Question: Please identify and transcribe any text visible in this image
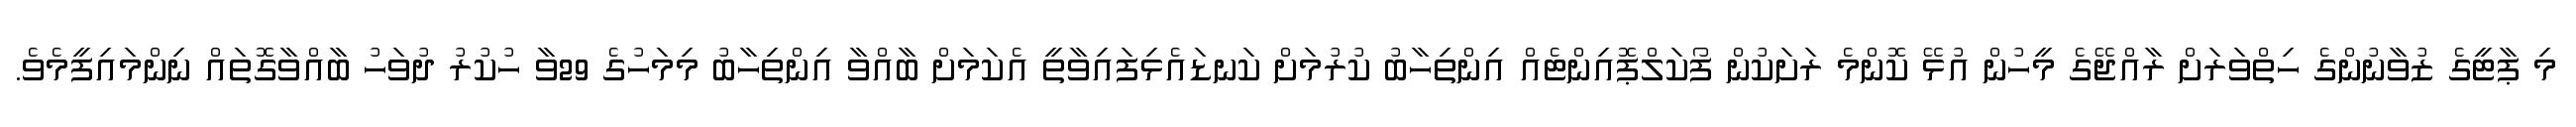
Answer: މި ޕާޓީގެ ޒުވާނުންގެ ހިތްވަރަށް ރާއްޖޭގެ މީހުން އުޅޭ ކޮންމެ ރަށަކުން ފޯކަލްޕޮއިންޓެއް އިންތިހާބު ކުރުމަށް ކަނޑައެޅިފައިވާތީ އެކަމަށް ބާއްވާ އިންތިހާބު މިމަހުގެ 29ވާ ހުކުރު ދުވަހު ބާއްވާގޮތައް ނިންމައިފީމެވެ.